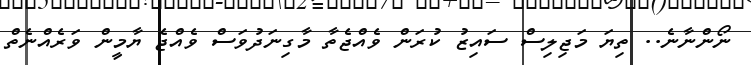
ނޯންނާނެ.. ތިޔަ މަޖިލިސް ސައިޒު ކުރަން ވެއްޖެތާ މާގިނަދުވަސް ވެއްޖެ ޔާމީން ވަރެއްނެތް